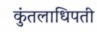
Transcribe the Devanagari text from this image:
कुंतलाधिपती